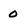
Character: 0